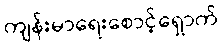
ကျန်းမာရေးစောင့်ရှောက်